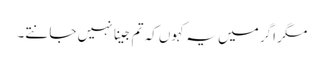
مگر اگر میں یہ کہوں کہ تم جینا نہیں جانتے۔